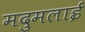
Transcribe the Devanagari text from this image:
मदुमलाई